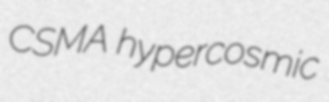
CSMA hypercosmic